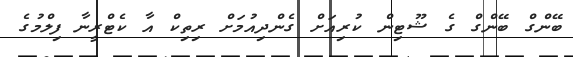
ބޭންގް ބޭންގް ގެ ޝޫޓިން ކުރިއަށް ގެންދިއުމަށް ރިތިކް އާ ކެޓްރީނާ ފިލްމުގެ